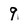
Character: 9